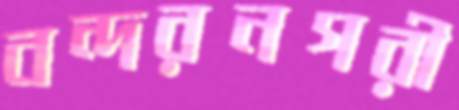
বন্দরনগরী